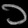
Digit: ၁